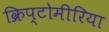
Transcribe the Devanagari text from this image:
क्रिप्टोमीरिया